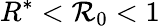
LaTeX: R^{*}<\mathcal{R}_{0}<1